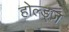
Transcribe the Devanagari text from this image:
होल्ड्ज़